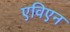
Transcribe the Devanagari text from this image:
एविएन